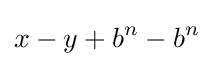
x-y+b^{n}-b^{n}